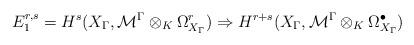
LaTeX: \begin{align*}E_1^{r,s}=H^s(X_{\Gamma},{\mathcal {M}}^{\Gamma}\otimes_K\Omega^{r}_{X_{\Gamma}} )\Rightarrow H^{r+s}(X_{\Gamma},{\mathcal {M}}^{\Gamma}\otimes_K\Omega^{\bullet}_{{X}_{\Gamma}} )\end{align*}